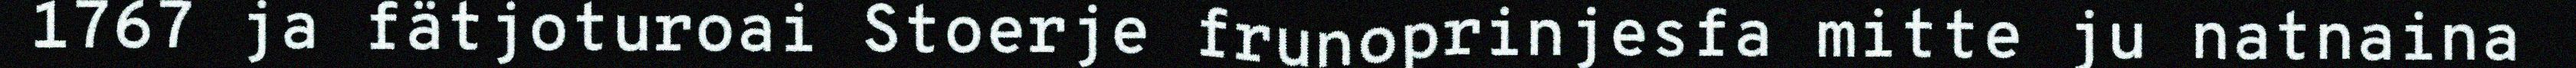
1767 ja fätjoturoai Stoerje frunoprinjesfa mitte ju natnaina